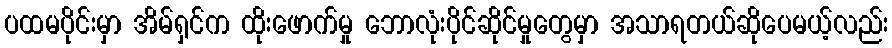
ပထမပိုင်းမှာ အိမ်ရှင်က ထိုးဖောက်မှု ဘောလုံးပိုင်ဆိုင်မှုတွေမှာ အသာရတယ်ဆိုပေမယ့်လည်း